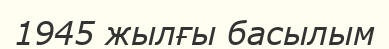
1945 жылғы басылым